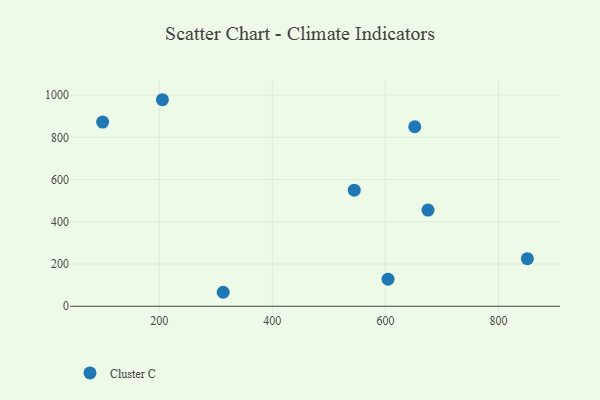
{"axis": {"x": "Experience", "y": "Salary"}, "legend": ["Cluster C"], "data": [{"x": "100.0", "y": 872.0, "type": "Cluster C"}, {"x": "205.7", "y": 977.9, "type": "Cluster C"}, {"x": "545.0", "y": 549.7, "type": "Cluster C"}, {"x": "604.7", "y": 128.3, "type": "Cluster C"}, {"x": "675.4", "y": 455.6, "type": "Cluster C"}, {"x": "851.1", "y": 225.5, "type": "Cluster C"}, {"x": "313.2", "y": 66.3, "type": "Cluster C"}, {"x": "651.9", "y": 850.0, "type": "Cluster C"}]}